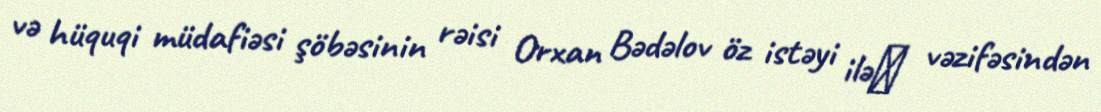
və hüquqi müdafiəsi şöbəsinin rəisi Orxan Bədəlov öz istəyi ilə​ vəzifəsindən